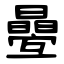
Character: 㬪